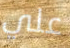
علي